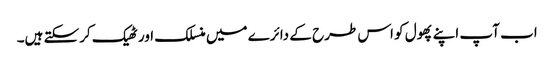
اب آپ اپنے پھول کو اس طرح کے دائرے میں منسلک اور ٹھیک کرسکتے ہیں۔